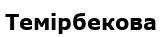
Темірбекова